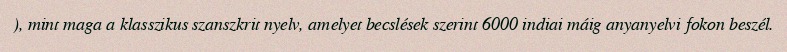
), mint maga a klasszikus szanszkrit nyelv, amelyet becslések szerint 6000 indiai máig anyanyelvi fokon beszél.